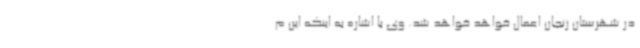
در شهرستان زنجان اعمال خواهد خواهد شد. وی با اشاره به اینکه این م